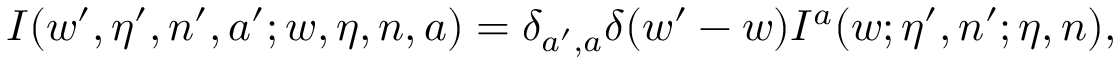
I ( w ^ { \prime } , \eta ^ { \prime } , n ^ { \prime } , a ^ { \prime } ; w , \eta , n , a ) = \delta _ { a ^ { \prime } , a } \delta ( w ^ { \prime } - w ) I ^ { a } ( w ; \eta ^ { \prime } , n ^ { \prime } ; \eta , n ) ,